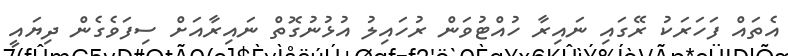
އެތައް ފަހަރަކު ރޭގައި ނައިރާ ހުއްޓުވަން ރުހައިލު އުޅުނުގޮތް ނައިރާއަށް ސިފަވެގެން ދިޔައީ